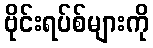
ဗိုင်းရပ်စ်များကို